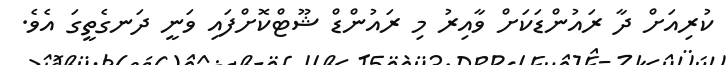
ކުރިއަށް ދާ ރައުންޑަކަށް ވާއިރު މި ރައުންޑް ޝޫޓްކޮށްފައި ވަނީ ދަނގެތީގަ އެވެ.